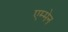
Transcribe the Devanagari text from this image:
एम्मेन